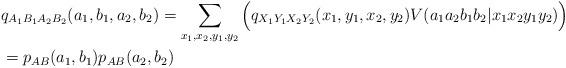
LaTeX: \begin{align*}&q_{A_1B_1A_2B_2}(a_1,b_1,a_2,b_2)=\sum_{x_1,x_2,y_1,y_2}\Big(q_{X_1Y_1X_2Y_2}(x_1,y_1,x_2,y_2) V(a_1a_2b_1b_2|x_1x_2y_1y_2)\Big)\\&=p_{AB}(a_1,b_1)p_{AB}(a_2,b_2)\end{align*}